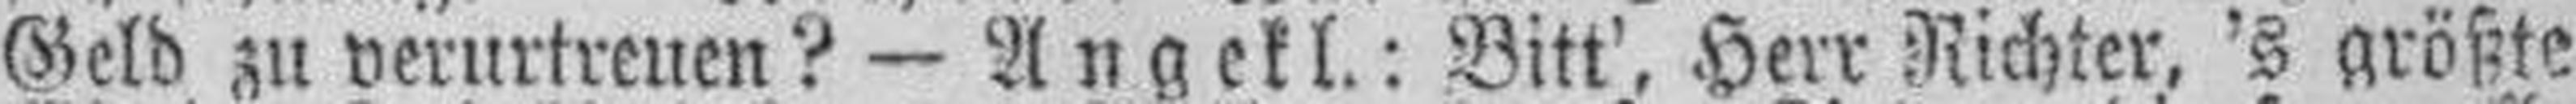
Geld zu verurtreuen? — Angekl.: Bitt', Herr Richter, 's größte